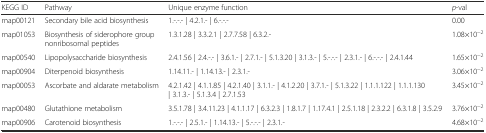
| KEGG ID | Pathway | Unique enzyme function | p-val |
 | --- | --- | --- | --- |
 | map00121 | Secondary bile acid biosynthesis | 1.-.-.- | 4.2.1.- | 6.-.-.- | 0.00 |
 | map01053 | Biosynthesis of siderophore group nonribosomal peptides | 1.3.1.28 | 3.3.2.1 | 2.7.7.58 | 6.3.2.- | 1.08×10−2 |
 | map00540 | Lipopolysaccharide biosynthesis | 2.4.1.56 | 2.4.-.- | 3.6.1.- | 2.7.1.- | 5.1.3.20 | 3.1.3.- | 5.-.-.- | 2.3.1.- | 6.-.-.- | 2.4.1.44 | 1.65×10−2 |
 | map00904 | Diterpenoid biosynthesis | 1.14.11.- | 1.14.13.- | 2.3.1.- | 3.06×10−2 |
 | map00053 | Ascorbate and aldarate metabolism | 4.2.1.42 | 4.1.1.85 | 4.2.1.40 | 3.1.1.- | 4.1.2.20 | 3.7.1.- | 5.1.3.22 | 1.1.1.122 | 1.1.1.130 | 3.1.3.- | 5.1.3.4 | 2.7.1.53 | 3.45×10−2 |
 | map00480 | Glutathione metabolism | 3.5.1.78 | 3.4.11.23 | 4.1.1.17 | 6.3.2.3 | 1.8.1.7 | 1.17.4.1 | 2.5.1.18 | 2.3.2.2 | 6.3.1.8 | 3.5.2.9 | 3.76×10−2 |
 | map00906 | Carotenoid biosynthesis | 1.-.-.- | 2.5.1.- | 1.14.13.- | 5.-.-.- | 2.3.1.- | 4.68×10−2 |